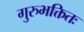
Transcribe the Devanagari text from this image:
गुरुभक्तितः